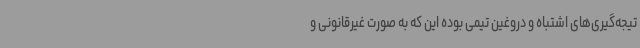
تیجه‌گیری‌های اشتباه و دروغین تیمی بوده این که به صورت غیرقانونی و